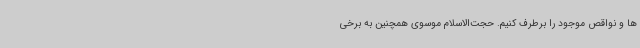
ها و نواقص موجود را برطرف کنیم. حجت‌الاسلام موسوی همچنین به برخی